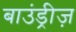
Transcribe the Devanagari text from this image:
बाउंड्रीज़